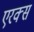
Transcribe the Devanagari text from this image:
एरक्स